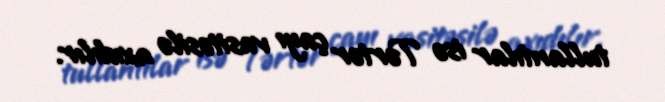
tullantılar isə Tərtər çayı vasitəsilə axıdılır.